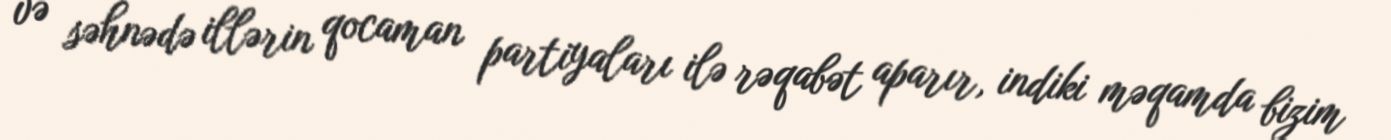
və səhnədə illərin qocaman partiyaları ilə rəqabət aparır, indiki məqamda bizim